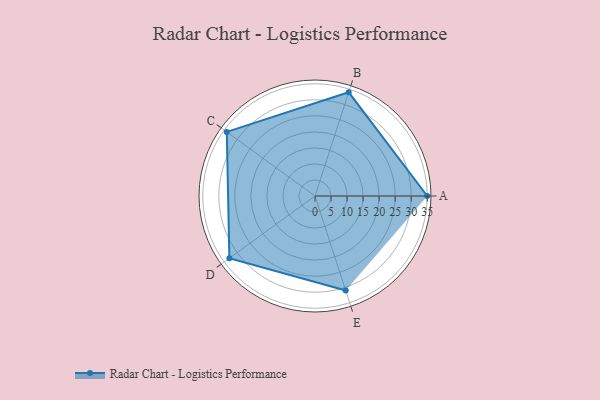
{"axis": {"x": "Skill", "y": "Score"}, "legend": ["Profile"], "data": [{"x": "A", "y": 35.0, "type": "Profile"}, {"x": "B", "y": 34.0, "type": "Profile"}, {"x": "C", "y": 34.0, "type": "Profile"}, {"x": "D", "y": 33.0, "type": "Profile"}, {"x": "E", "y": 31.0, "type": "Profile"}]}